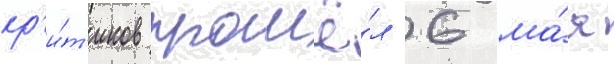
кр'и́т'иков прошё́л 6 ма́я